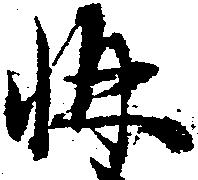
構